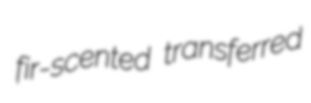
fir-scented transferred